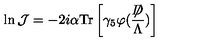
\ln { \mathcal J } = - 2 i \alpha \mathrm { T r } \left[ \gamma _ { 5 } \varphi ( \frac { \not \! \! D } { \Lambda } ) \right]